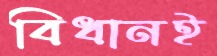
বিধানই